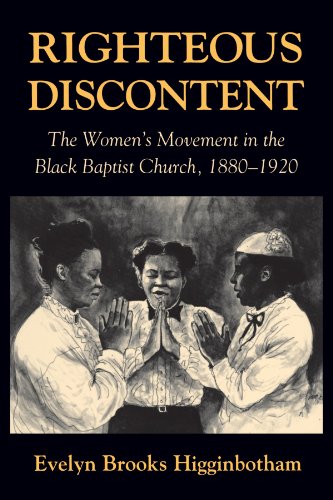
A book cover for Righteous Discontent: The Women's Movement in the Black Baptist Church, 1880-1920; Evelyn Brooks Higginbotham; Christian Books & Bibles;